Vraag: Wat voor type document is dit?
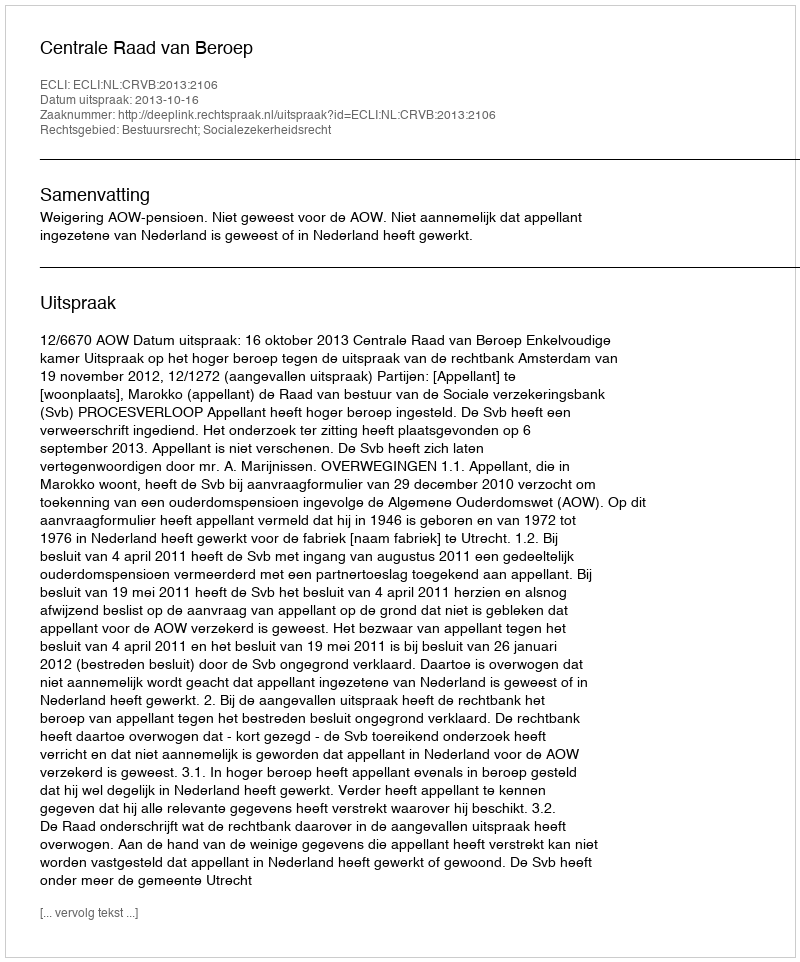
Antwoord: Uitspraak